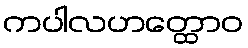
ကပါလဟတ္ထောဝ